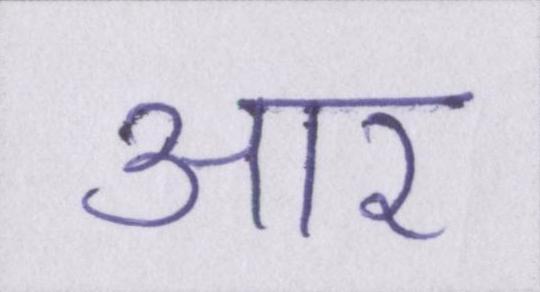
आर